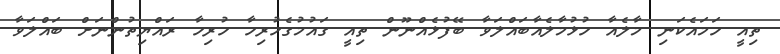
ތިއީ ހަމައެކަނި މާލެއާ ހުޅުމާލެއާބައްލަވާ ބޭފުޅެއްނޫން ތިއީ ގައުމުގެހުރިހާ ހުރިހާ ރައްޔިތުންނަށް ބައްލަވާ